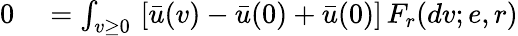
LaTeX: \begin{array}{rl}{0}&{{}=\int_{v\geq 0}\, \left[\bar{u}(v)-\bar{u}(0)+\bar{u}(0)\right]\, F_{r}(dv;e,r)}\end{array}